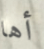
أها